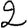
Digit: 2